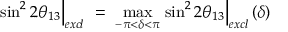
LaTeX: \left. \sin ^ { 2 } 2 \theta _ { 1 3 } \right| _ { e x c l } \ = \ \operatorname * { m a x } _ { - \pi < \delta < \pi } \left. \sin ^ { 2 } 2 \theta _ { 1 3 } \right| _ { e x c l } ( \delta )